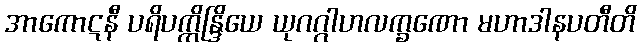
အာကောဋနီ ပရိပက္ကိန္ဒြိယေ ယုဂဂ္ဂါဟလက္ခဏော မဟာဒါနပတီတိ